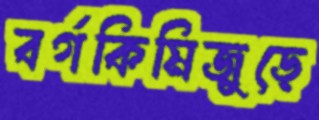
বর্গকিমিজুড়ে